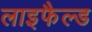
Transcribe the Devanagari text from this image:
लाइफैल्ड